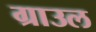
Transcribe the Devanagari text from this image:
ग्राउल